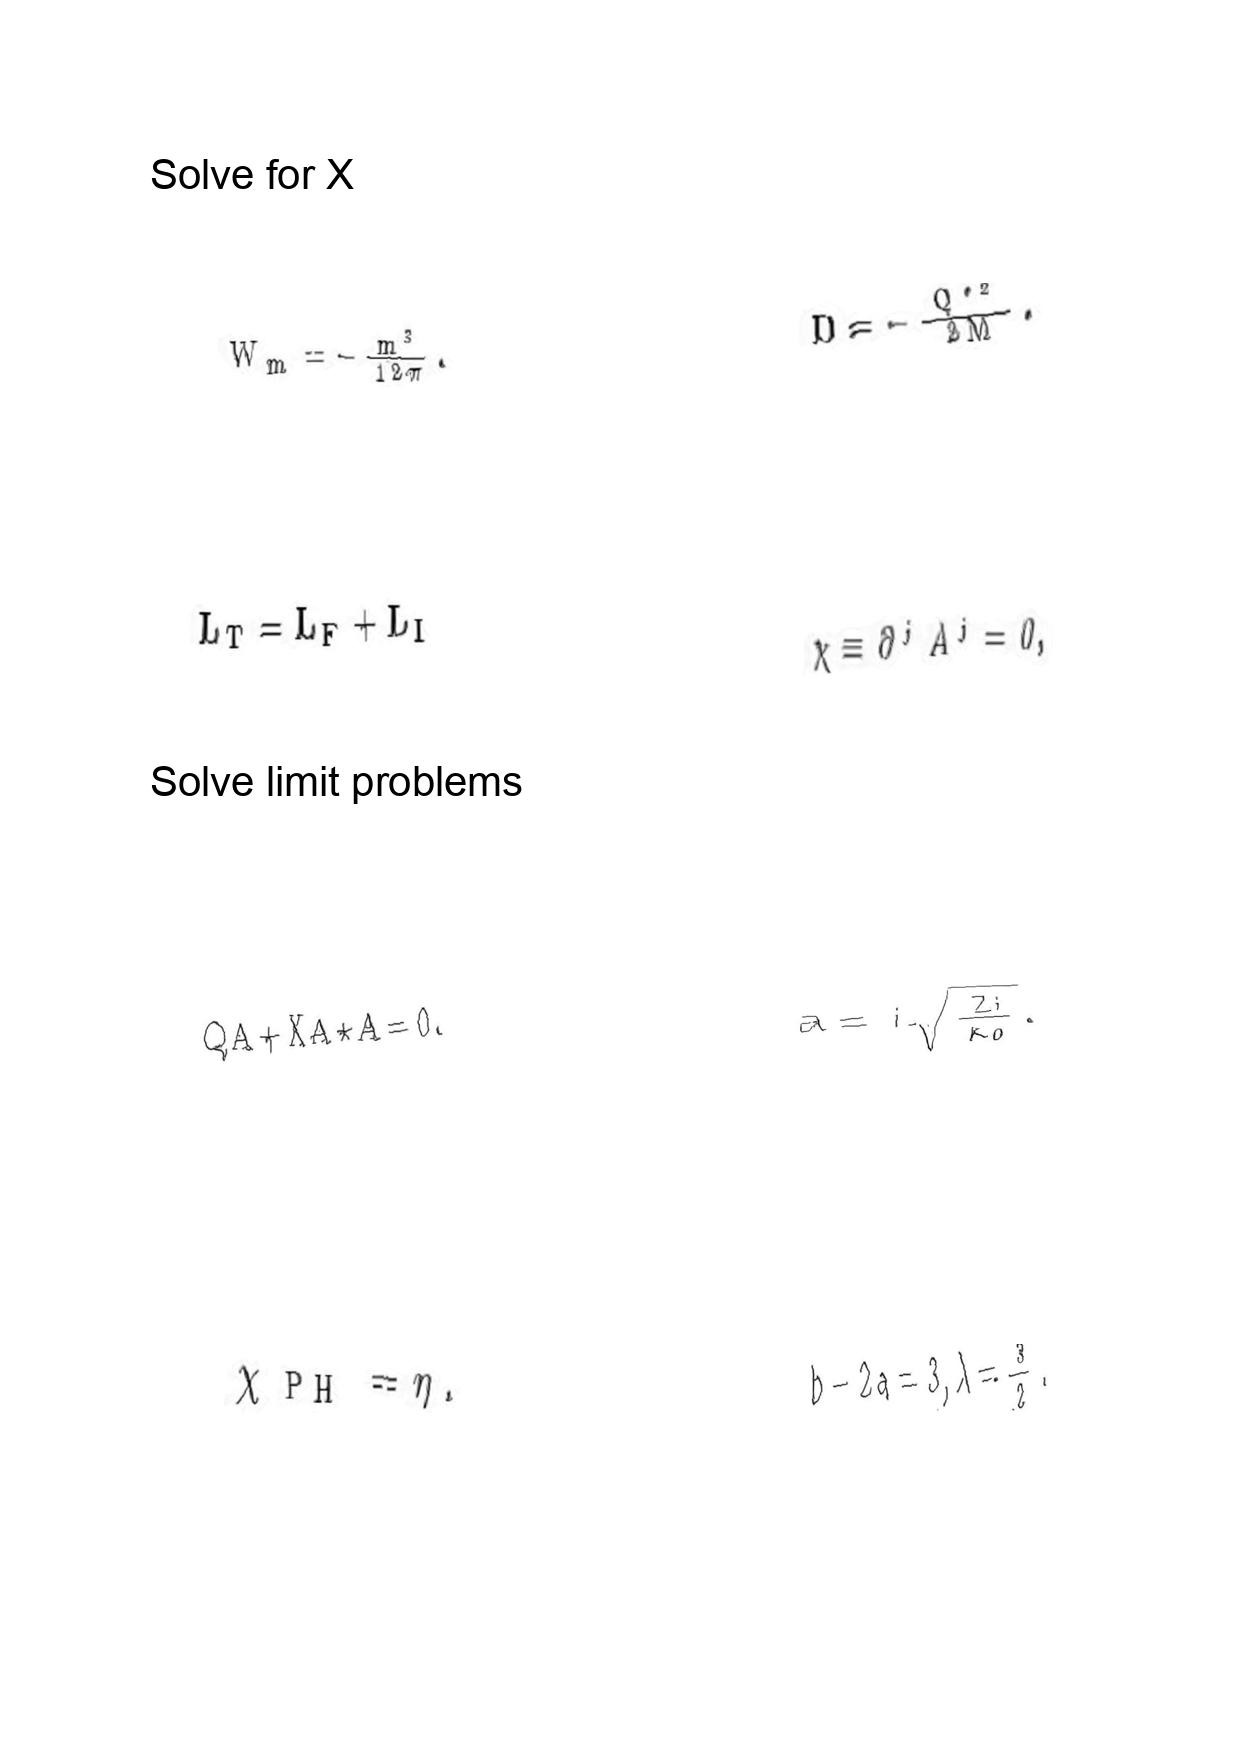
LaTeX transcription:
W _ { m } = - \frac { m ^ { 3 } } { 1 2 \pi } .
L _ { T } = L _ { F } + L _ { I }
Q A + \mathrm { X } A \star A = 0 .
\chi _ { \mathrm { P H } } = \eta .
D = - \frac { Q ^ { \ast 2 } } { 2 M } .
\chi \equiv \partial ^ { j } A ^ { j } = 0 ,
a = i \sqrt { \frac { 2 i } { \kappa _ { 0 } } } .
b - 2 a = 3 , \lambda = \frac { 3 } { 2 } .